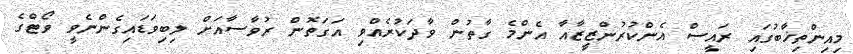
މިއިންތިޚާބުގައި ރައީސް އެންކުރުންޒީޒާއާ އެންމެ ގާތުން ވާދަކުރެއްވި އަގަތޮން ރުވާސާއަށް ލިބިވަޑައިގެންނެވީ ވޯޓްގެ